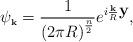
LaTeX: \begin{align*}\psi_{\mbox{\bf\tiny k}} = \frac{1}{ \left( 2\pi R\right)^{\frac{n}{2}}} e^{i \frac{\mbox{\bf\tiny k}}{R}\mbox{\bf y}},\end{align*}